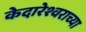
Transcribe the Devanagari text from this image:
केदारेश्वराच्या